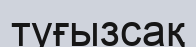
туғызсақ